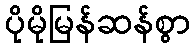
ပိုမိုမြန်ဆန်စွာ